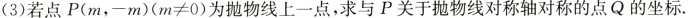
(3)若点$$P ( m ,- m ) ( m ≠ 0 )$$为抛物线上一点，求与P关于抛物线对称轴对称的点Q的坐标.